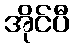
အိုင်ပီ